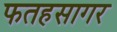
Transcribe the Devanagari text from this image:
फतहसागर